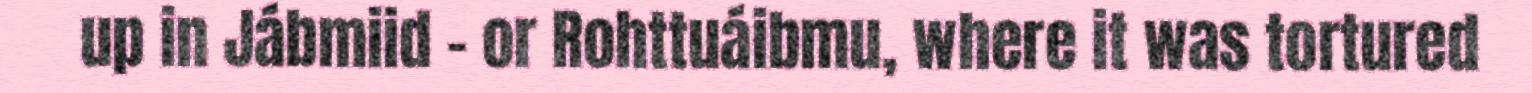
up in Jábmiid – or Rohttuáibmu, where it was tortured